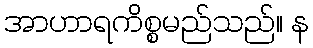
အာဟာရကိစ္စမည်သည်။ န